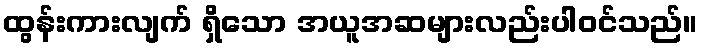
ထွန်းကားလျက် ရှိသော အယူအဆများလည်းပါဝင်သည်။